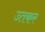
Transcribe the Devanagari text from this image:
उतकर